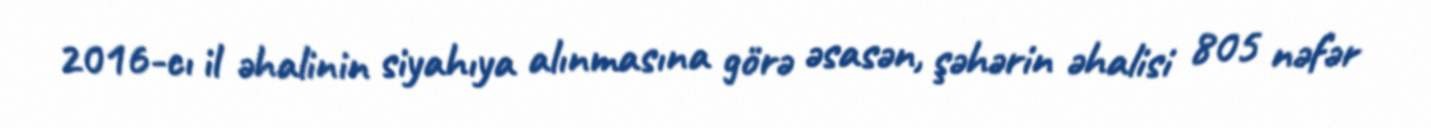
2016-cı il əhalinin siyahıya alınmasına görə əsasən, şəhərin əhalisi 805 nəfər